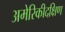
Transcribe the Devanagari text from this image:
अमेरिकीदक्षिण